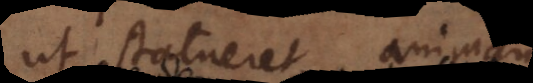
ut statueret, animam